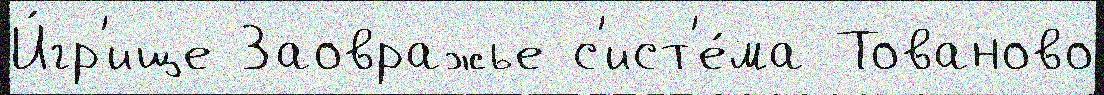
И́гр'ище Заовражье с'ист'е́ма Тованово